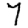
Digit: 7